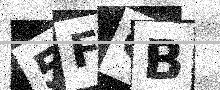
Text: 5FCB